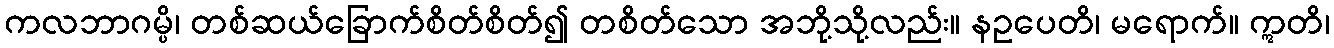
ကလဘာဂမ္ပိ၊ တစ်ဆယ်ခြောက်စိတ်စိတ်၍ တစိတ်သော အဘို့သို့လည်း။ နဥပေတိ၊ မရောက်။ ဣတိ၊